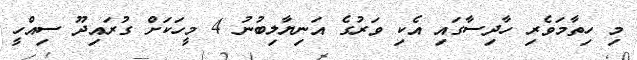
މި ހިތާމަވެރި ހާދިސާގައި އެކި ވަރުގެ އަނިޔާލިބުނު 4 މީހަކަށް ގުރައިދޫ ސިއްހީ